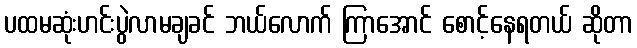
ပထမဆုံးဟင်းပွဲလာမချခင် ဘယ်လောက် ကြာအောင် စောင့်နေရတယ် ဆိုတာ